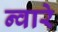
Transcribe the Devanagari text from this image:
न्वारे